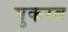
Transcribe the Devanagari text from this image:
मुकरव